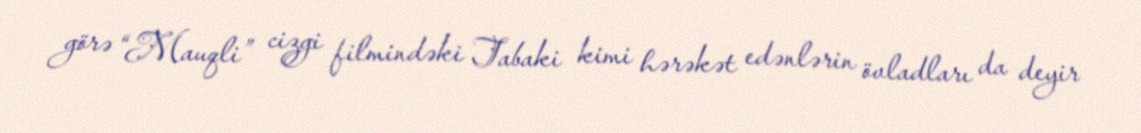
görə “Mauqli” cizgi filmindəki Tabaki kimi hərəkət edənlərin övladları da deyir